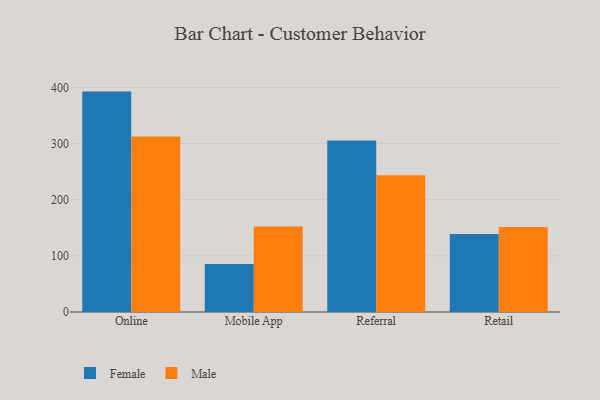
{"axis": {"x": "Channel", "y": "Population (Million)"}, "legend": ["Female", "Male"], "data": [{"x": "Online", "y": 392.8, "type": "Female"}, {"x": "Online", "y": 312.9, "type": "Male"}, {"x": "Mobile App", "y": 85.5, "type": "Female"}, {"x": "Mobile App", "y": 152.6, "type": "Male"}, {"x": "Referral", "y": 305.7, "type": "Female"}, {"x": "Referral", "y": 243.7, "type": "Male"}, {"x": "Retail", "y": 139.2, "type": "Female"}, {"x": "Retail", "y": 151.4, "type": "Male"}]}